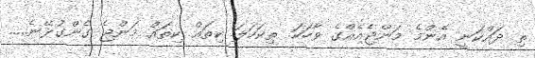
ތި ދައްކަނީ އެންމެ މަންޖެއެއްގެ ވާހަކަ. ތިކަހަލަ ކިތައް ކިތައް މަންޖެ ގެންގުޅޭނެ.....